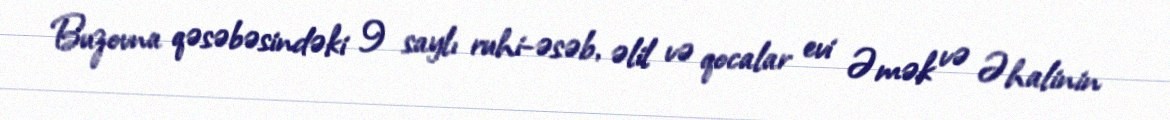
Buzovna qəsəbəsindəki 9 saylı ruhi-əsəb, əlil və qocalar evi Əmək və Əhalinin